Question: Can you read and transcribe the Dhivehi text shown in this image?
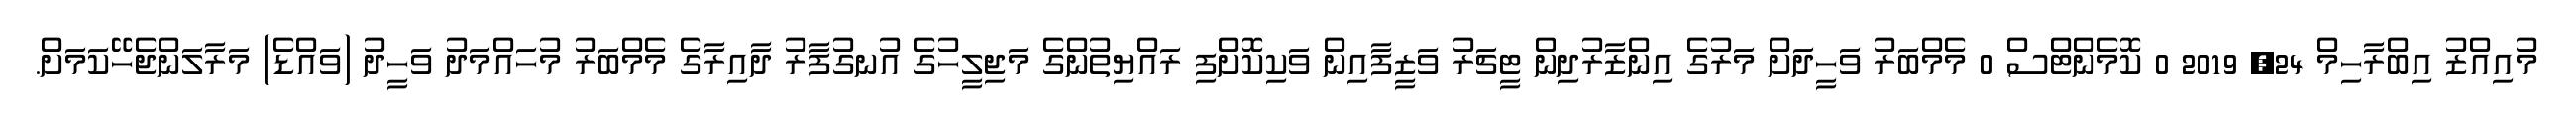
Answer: މުއިއްޒު އިބްރާހިމް 24, 2019 0 ކޮމެންޓްސް 0 މެމްބަރު ވަހީދަށް މަރުގެ އިންޒާރުދިން ޓީޗަރު ވަޒީފާއިން ވަކިކޮށްފި ރައްޔިތުންގެ މަޖިލީހުގެ އުނގުފާރު ދާއިރާގެ މެމްބަރު މުހައްމަދު ވަހީދު (ވައްޑެ) މަރާލަންޖެހޭކަމަށް.